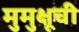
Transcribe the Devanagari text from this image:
मुमुक्षूची